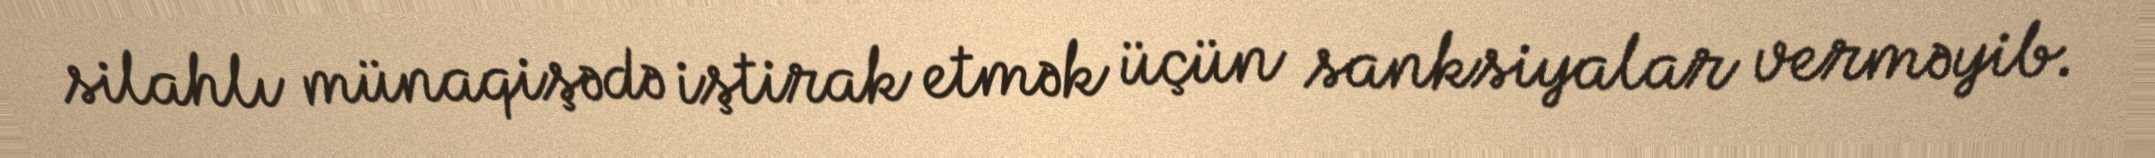
silahlı münaqişədə iştirak etmək üçün sanksiyalar verməyib.